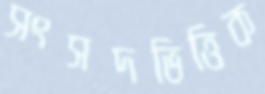
সংসদভিত্তিক